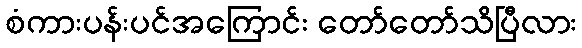
စံကားပန်းပင်အကြောင်း တော်တော်သိပြီလား